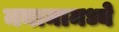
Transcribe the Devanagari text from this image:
मनामामध्ये